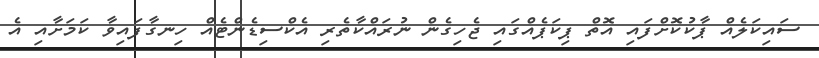
ސައިކަލެއް ޕާކުކޮށްފައި އޮތް ޕިކަޕެއްގައި ޖެހިގެން ނުރައްކާތެރި އެކްސިޑެންޓެއް ހިނގާފައިވާ ކަމަށާއި އެ